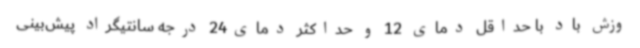
وزش باد با حداقل دمای 12 و حداکثر دمای24 درجه سانتیگراد پیش‌بینی